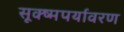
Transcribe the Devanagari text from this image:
सूक्ष्मपर्यावरण